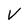
Character: v